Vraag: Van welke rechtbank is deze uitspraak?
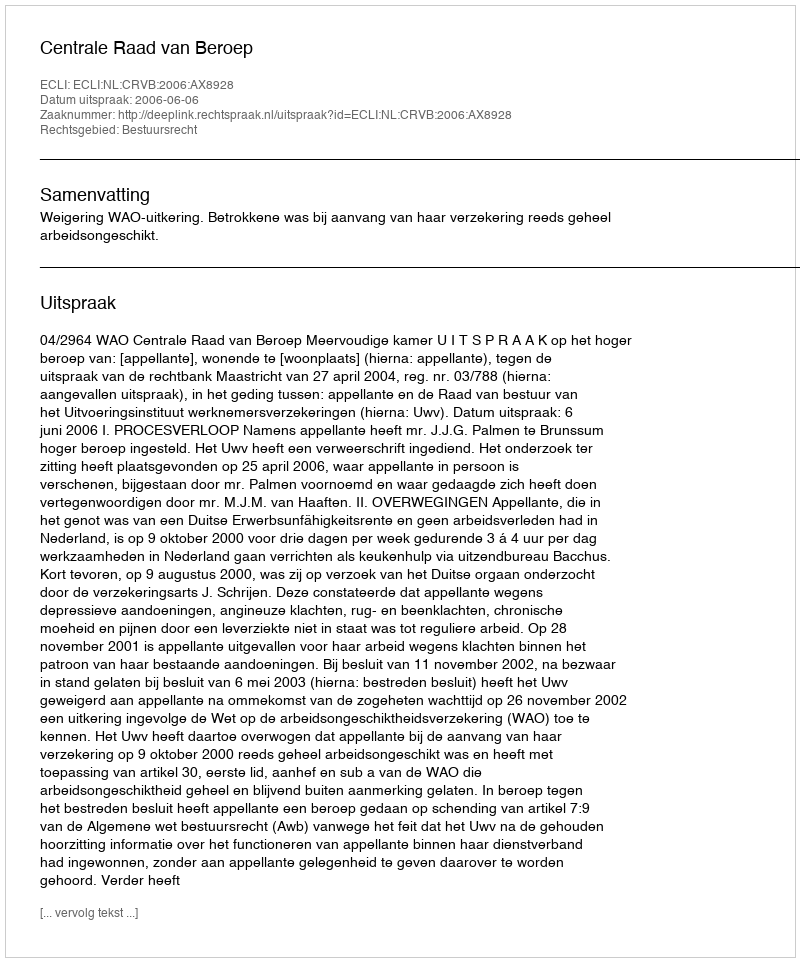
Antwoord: Centrale Raad van Beroep